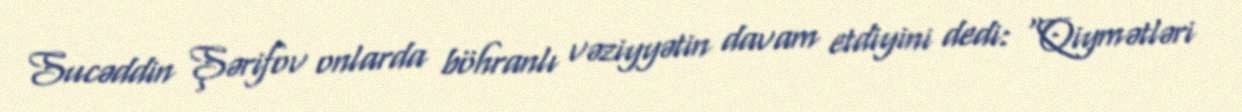
Sucəddin Şərifov onlarda böhranlı vəziyyətin davam etdiyini dedi: “Qiymətləri